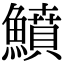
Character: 鱝